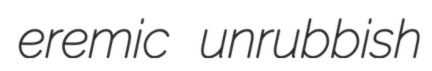
eremic unrubbish